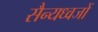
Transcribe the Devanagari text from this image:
सैन्यध्वजों